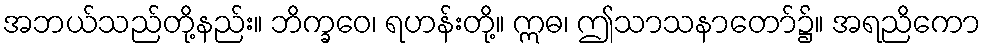
အဘယ်သည်တို့နည်း။ ဘိက္ခဝေ၊ ရဟန်းတို့။ ဣဓ၊ ဤသာသနာတော်၌။ အရညိကော